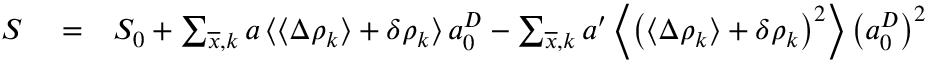
\begin{array} { r l r } { S } & { { } = } & { S _ { 0 } + \sum _ { \overline { { x } } , k } a \left\langle \left\langle \Delta \rho _ { k } \right\rangle + \delta \rho _ { k } \right\rangle a _ { 0 } ^ { D } - \sum _ { \overline { { x } } , k } a ^ { \prime } \left\langle \left( \left\langle \Delta \rho _ { k } \right\rangle + \delta \rho _ { k } \right) ^ { 2 } \right\rangle \left( a _ { 0 } ^ { D } \right) ^ { 2 } } \end{array}